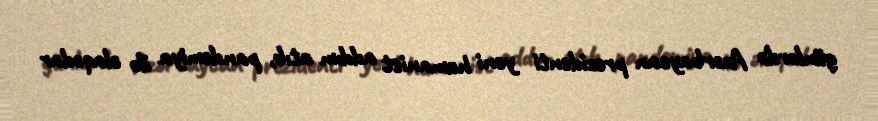
günlərdə Azərbaycan prezidenti yeni humanist addım atıb, pandemiya ilə əlaqədar